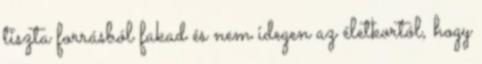
tiszta forrásból fakad és nem idegen az életkortól, hogy